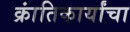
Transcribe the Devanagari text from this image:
क्रांतिकार्यांचा